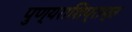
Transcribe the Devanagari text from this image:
पुण्यराशिप्राप्त